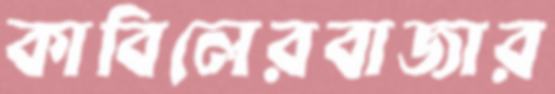
কাবিলেরবাজার